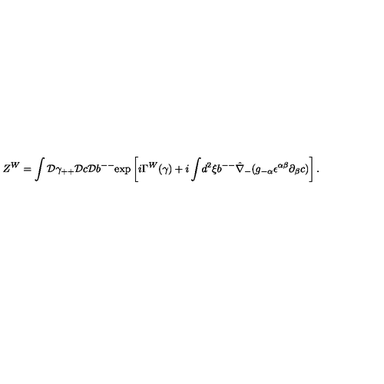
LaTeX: Z ^ { W } = \int { \cal D } \gamma _ { + + } { \cal D } c { \cal D } b ^ { -- } \mathrm { e x p } \left[ i \Gamma ^ { W } ( \gamma ) + i \int \! d ^ { 2 } \xi b ^ { -- } \hat { \nabla } _ { - } ( g _ { - \alpha } \epsilon ^ { \alpha \beta } \partial _ { \beta } c ) \right] .